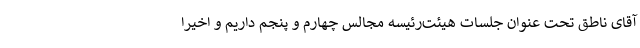
آقای ناطق تحت عنوان جلسات هیئت‌رئیسه مجالس چهارم و پنجم داریم و اخیرا